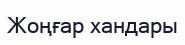
Жоңғар хандары